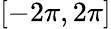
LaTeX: \left[-2\pi,2\pi\right]